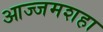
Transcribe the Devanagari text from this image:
आज्जमशहा